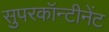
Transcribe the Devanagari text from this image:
सुपरकॉन्टीनेंट